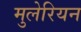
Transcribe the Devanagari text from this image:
मुलेरियन